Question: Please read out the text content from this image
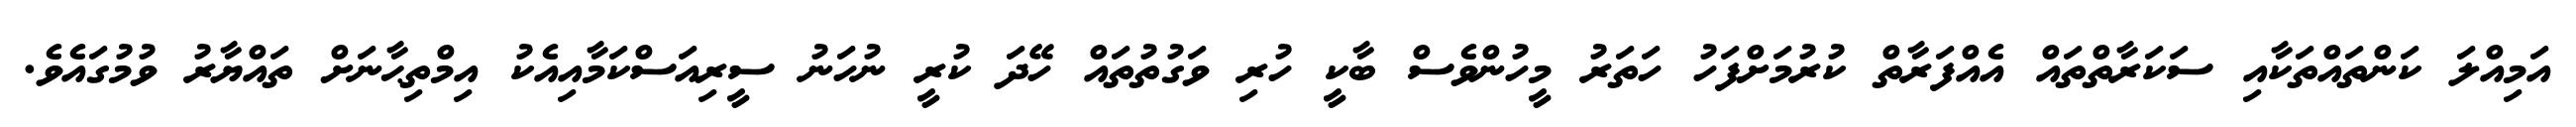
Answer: އަމިއްލަ ކަންތައްތަކާއި ސަކަރާތްތައް އެއްފަރާތް ކުރުމަށްފަހު ހަތަރު މީހުންވެސް ބާކީ ހުރި ވަގުތުތައް ހޭދަ ކުރީ ނުހަނު ސީރިއަސްކަމާއިއެކު އިމްތިޙާނަށް ތައްޔާރު ވުމުގައެވެ.